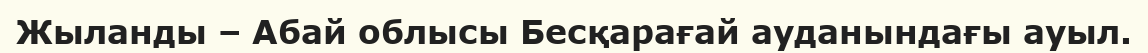
Жыланды – Абай облысы Бесқарағай ауданындағы ауыл.